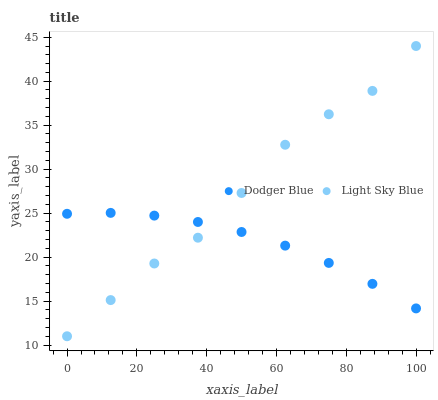
| xaxis_label | Dodger Blue | Light Sky Blue |
 | --- | --- | --- |
 | 0 | 24.9 | 11 |
 | 12.5 | 25 | 15.1 |
 | 25 | 24.7 | 19.3 |
 | 37.5 | 24 | 22.2 |
 | 50 | 22.9 | 27.3 |
 | 62.5 | 21.3 | 32.8 |
 | 75 | 19.3 | 36.2 |
 | 87.5 | 17 | 38.9 |
 | 100 | 14.2 | 44 |